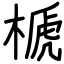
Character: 榹